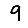
Digit: 9